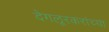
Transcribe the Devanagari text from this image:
देगलूरकरांच्या